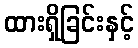
ထားရှိခြင်းနှင့်